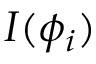
I ( \phi _ { i } )